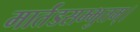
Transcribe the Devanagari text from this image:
मार्तंडसम्भुतम्।